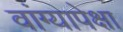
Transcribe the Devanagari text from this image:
वांग्यापेक्षा